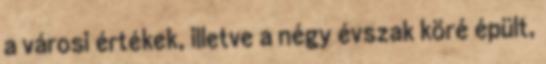
a városi értékek, illetve a négy évszak köré épült,